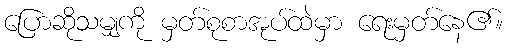
ပြောဆိုသမျှကို မှတ်စုစာအုပ်ထဲမှာ ရေးမှတ်နေ၏။